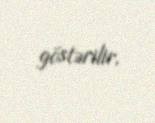
göstərilir.